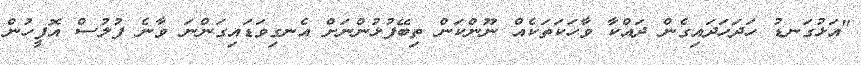
"އަޅުގަނޑު ހަދަހަދައިގެން ދައްކާ ވާހަކަތަކެއް ނޫންކަން ތިބޭފުޅުންނަށް އެނގިވަޑައިގަންނަ ވާނެ ފުލުސް އޮފީހުން